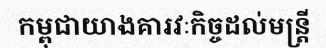
កម្ពុជាយាងគារវៈកិច្ចដល់មន្ត្រី